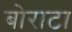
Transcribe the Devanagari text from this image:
बोराटा